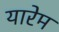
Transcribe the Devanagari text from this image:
यारेम